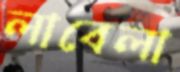
লাবেলা